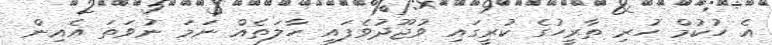
އެ ހުކުމް ހުރި ތާރީހުގެ ކުރީގައި ވުޖޫދުވެފައި ހާލަތެއް ނަމަ ނުވަތަ އެއިން